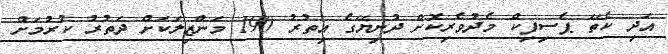
އަދި ކެތޭ ޕެސިފިކް މެދުވެރިކޮށް ދުނިޔޭގެ އިތުރު 190 މަންޒިލަކަށް ދަތުރު ކުރުމަށް